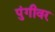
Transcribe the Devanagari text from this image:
पुंगीवर